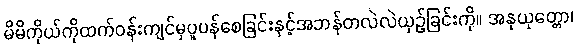
မိမိကိုယ်ကိုထက်ဝန်းကျင်မှပူပန်စေခြင်းနှင့်အဘန်တလဲလဲယှဉ်ခြင်းကို။ အနုယုတ္တော၊